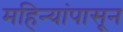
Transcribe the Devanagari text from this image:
महिन्यांपासून